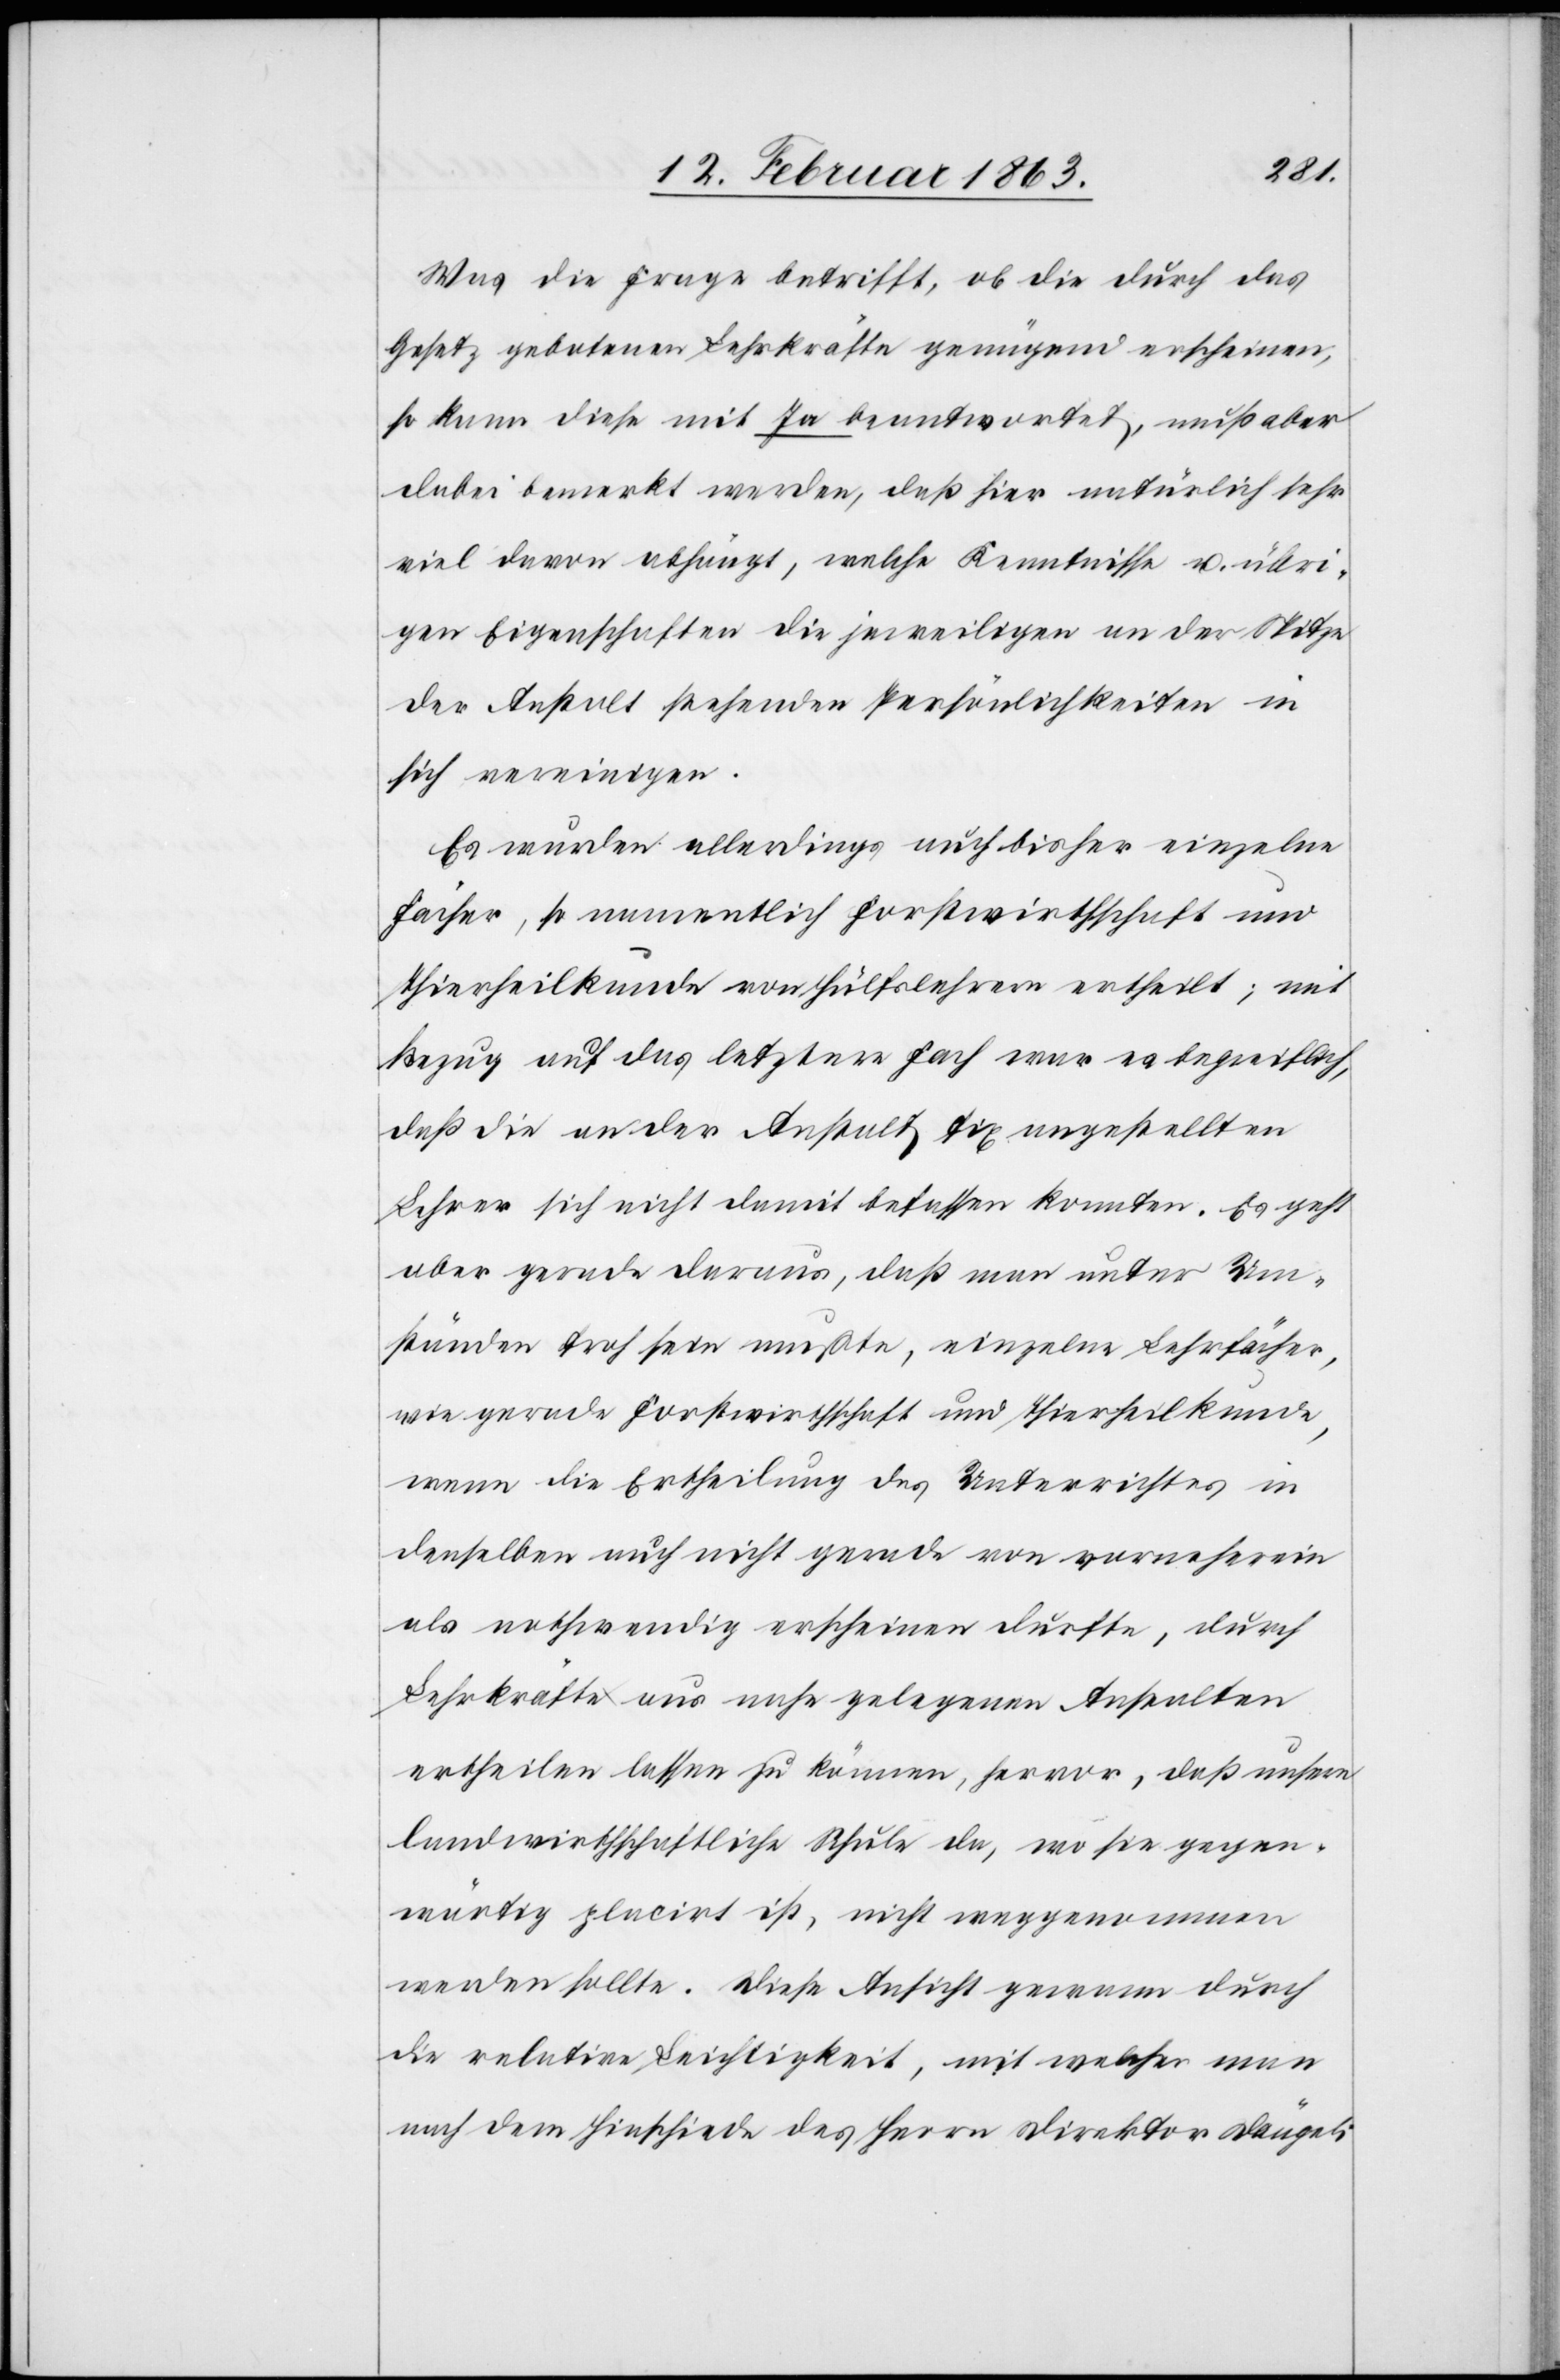
Was die Frage betrifft, ob die durch das
Gesetz gebotenen Lehrkräfte genügend erscheinen,
so kann diese mit Ja beantwortet, muß aber
dabei bemerkt werden, daß hier natürlich sehr
viel davon abhängt, welche Kenntnisse und übri¬
gen Eigenschaften die jeweiligen an der Spitze
der Anstalt stehenden Persönlichkeiten in
sich vereinigen.
Es wurden allerdings auch bisher einzelne
Fächer, so namentlich Forstwirthschaft und
Thierheilkunde von Hülfslehrern ertheilt; mit
Bezug auf das letztere Fach war es begreiflich,
daß die an der Anstalt fix angestellten
Lehrer sich nicht damit befassen konnten. Es geht
aber gerade daraus, daß man unter Um¬
ständen froh sein mußte, einzelne Lehrfächer,
wie gerade Forstwirthschaft und Thierheilkunde,
wenn die Ertheilung des Unterrichtes in
denselben auch nicht gerade von vorneherein
als nothwendig erscheinen dürfte, durch
Lehrkräfte aus nahe gelegenen Anstalten
ertheilen lassen zu können, hervor, daß unsere
landwirtschaftliche Schule, da wo sie gegen¬
wärtig placirt ist, nicht weggenommen
werden sollte. Diese Ansicht gewann durch
die relative Leichtigkeit, mit welcher man
nach dem Hinschiede des Herrn Direktor Dängeli